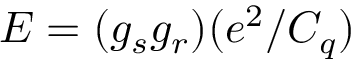
E = ( g _ { s } g _ { r } ) ( e ^ { 2 } / C _ { q } )